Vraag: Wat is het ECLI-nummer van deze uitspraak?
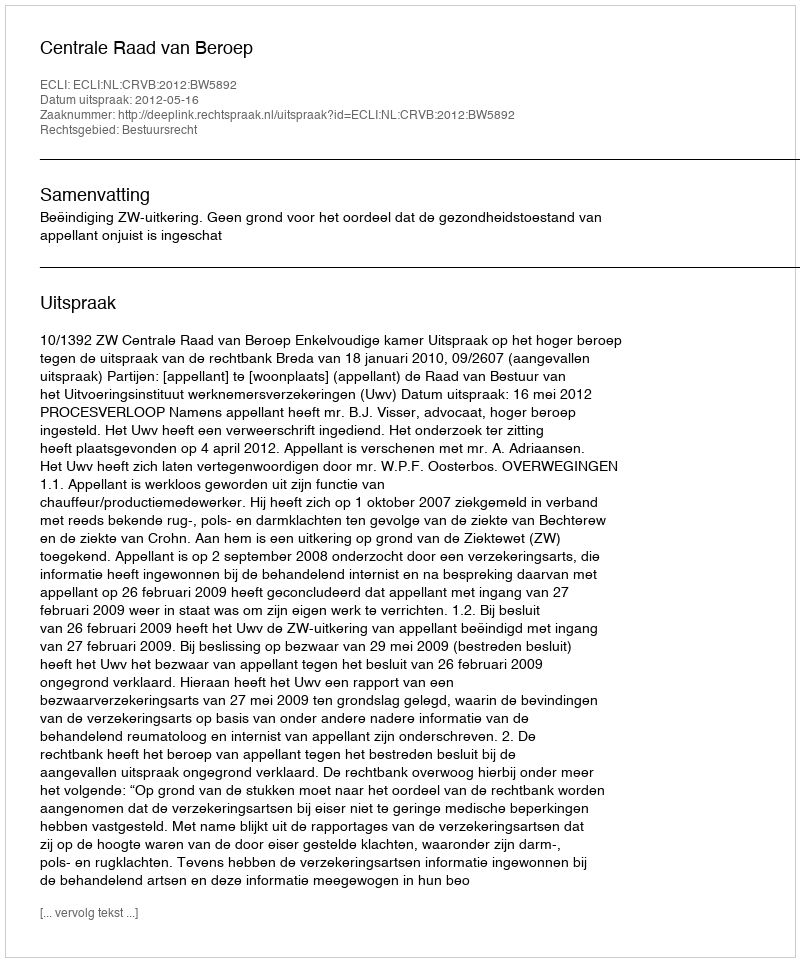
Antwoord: ECLI:NL:CRVB:2012:BW5892